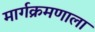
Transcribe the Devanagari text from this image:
मार्गक्रमणाला